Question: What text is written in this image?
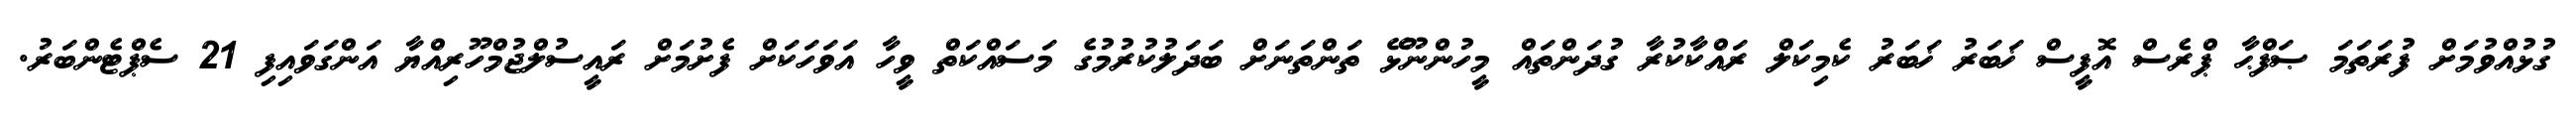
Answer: ގުޅުއްވުމަށް ފުރަތަމަ ޞަފްޙާ ޕްރެސް އޮފީސް ޚަބަރު ޚަބަރު ކެމިކަލް ރައްކާކުރާ ގުދަންތައް މީހުންނޫޅޭ ތަންތަނަށް ބަދަލުކުރުމުގެ މަސައްކަތް ވީހާ އަވަހަކަށް ފެށުމަށް ރައީސުލްޖުމްހޫރިއްޔާ އަންގަވައިފި 21 ސެޕްޓެންބަރު.